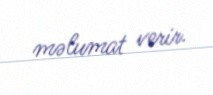
məlumat verir.